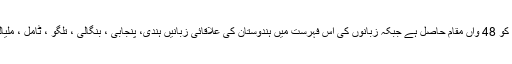
فیس بک کی زبانوں کی فہرست میں ہندی کو 48 واں مقام حاصل ہے جبکہ زبانوں کی اس فہرست میں ہندوستان کی علاقائی زبانیں ہندی، پنجابی ، بنگالی ، تلگو ، ٹامل ، ملیالم اور اڑیا کے علاوہ اردو بھی شامل ہے ۔